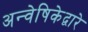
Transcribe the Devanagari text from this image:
अन्वेषिकेद्वारे